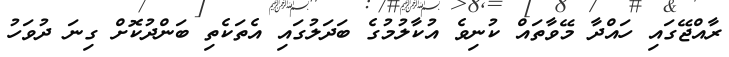
ރާއްޖޭގައި ހައްދާ މޭވާތައް ކުނިވެ އުކާލުމުގެ ބަދަލުގައި އެތަކެތި ބަންދުކޮށް ގިނަ ދުވަހު